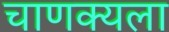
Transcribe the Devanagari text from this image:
चाणक्यला